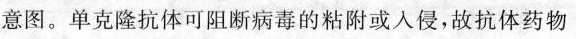
意图。单克隆抗体可阻断病毒的粘附或人侵，故抗体药物